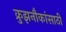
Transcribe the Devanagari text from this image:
क्रुझनौकांसाठी